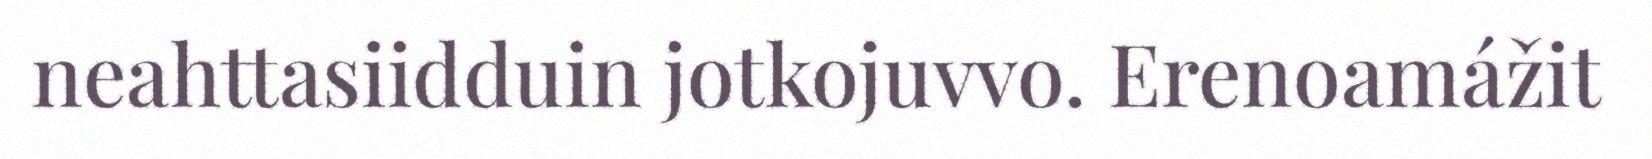
neahttasiidduin jotkojuvvo. Erenoamážit